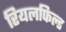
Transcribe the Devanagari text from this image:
रियलफिल्ड